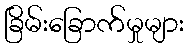
ခြိမ်းခြောက်မှုများ